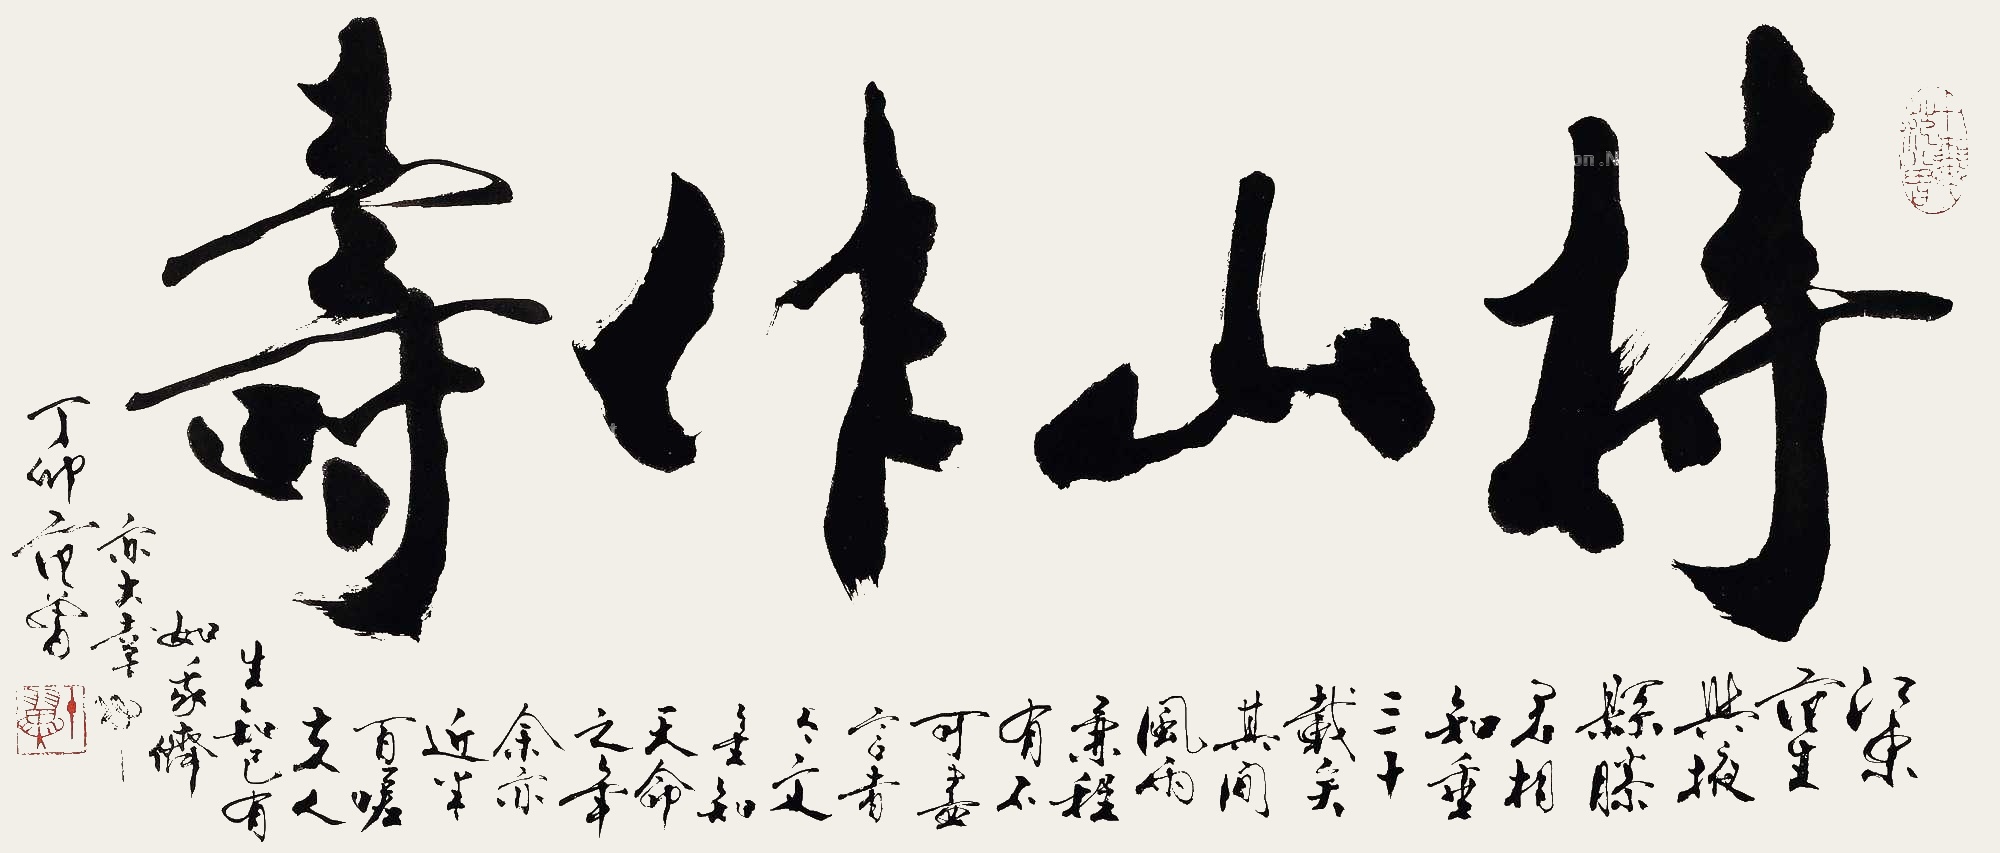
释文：持山作寿江东范生与掖县滕君相知垂三十载矣，其间风雨兼程有不可尽言者，今文金知天命之年，余亦近半百嗟夫，人生知己有如我侪，亦大幸也，丁卯范曾。